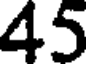
45